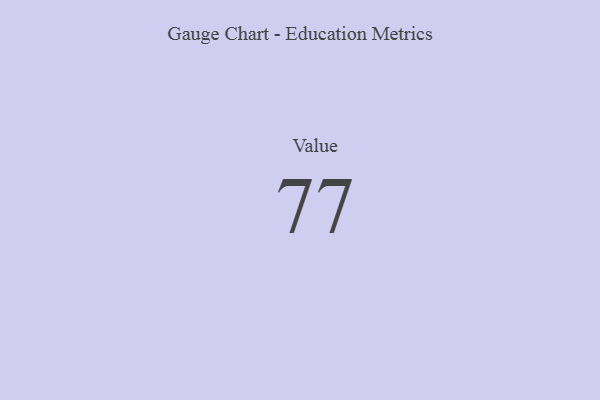
{"axis": {"x": "Metric", "y": "Value"}, "legend": [""], "data": [{"x": "Value", "y": 77, "type": ""}]}